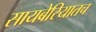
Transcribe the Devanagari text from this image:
सायबेरियातच